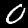
Digit: 0